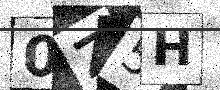
Text: 0Z5H